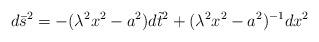
LaTeX: \begin{align*}d\bar{s}^{2}=-(\lambda ^{2}x^{2}-a^{2})d\tilde{t}^{2}+(\lambda^{2}x^{2}-a^{2})^{-1}dx^{2} \end{align*}